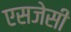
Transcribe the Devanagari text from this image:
एसजेसी